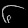
Digit: ၆